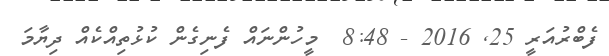
ފެބްރުއަރީ 25